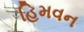
હિમવન